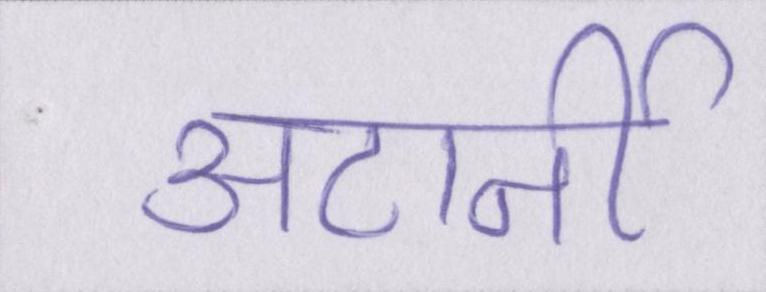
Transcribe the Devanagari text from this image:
अटार्नी